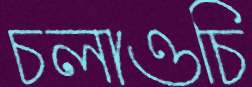
চলাওচি